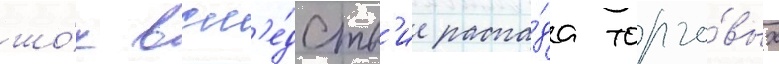
шо́к всл'е́дств'ие распа́да торго́вых